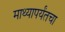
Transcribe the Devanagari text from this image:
माथ्यापर्यंतचा